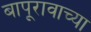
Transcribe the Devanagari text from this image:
बापूरावाच्या